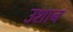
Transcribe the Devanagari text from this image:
उशान